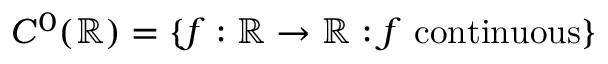
C ^ { 0 } ( \mathbb { R } ) = \{ f : \mathbb { R } \to \mathbb { R } : f \ \mathrm { c o n t i n u o u s } \}